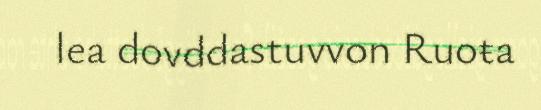
lea dovddastuvvon Ruoŧa